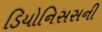
ડિયોનિસસની